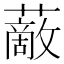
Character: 𧁱